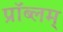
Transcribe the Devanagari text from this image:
प्रॉब्लम्